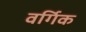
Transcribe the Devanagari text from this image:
वर्गिक